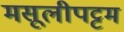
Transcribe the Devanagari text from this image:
मसूलीपट्टम